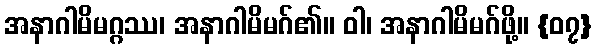
အနာဂါမိမဂ္ဂဿ၊ အနာဂါမိမဂ်၏။ ဝါ၊ အနာဂါမိမဂ်ဖို့။ {၀၇}